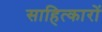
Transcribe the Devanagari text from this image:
साहित्कारों